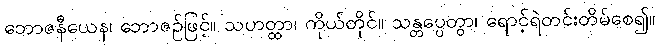
ဘောဇနီယေန၊ ဘောဇဉ်ဖြင့်။ သဟတ္ထာ၊ ကိုယ်တိုင်။ သန္တပ္ပေတွာ၊ ရောင့်ရဲတင်းတိမ်စေ၍။